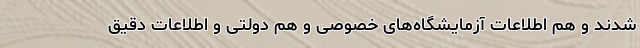
شدند و هم اطلاعات آزمایشگاه‌‌‌های خصوصی و هم دولتی و اطلاعات دقیق